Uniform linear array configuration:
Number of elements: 48
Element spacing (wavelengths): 0.25
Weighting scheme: uniform
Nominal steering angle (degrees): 15
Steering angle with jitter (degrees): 16.032
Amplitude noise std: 0.05
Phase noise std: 0.05

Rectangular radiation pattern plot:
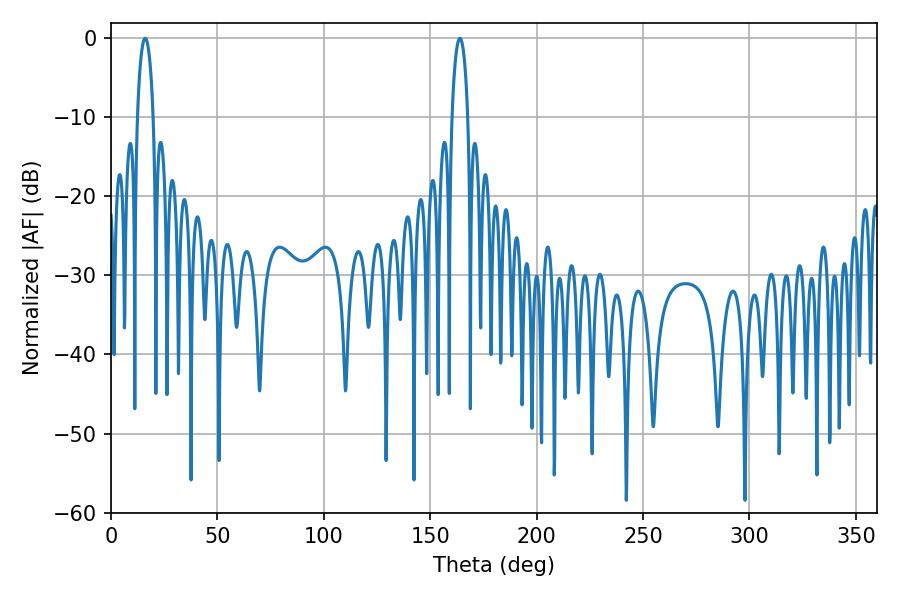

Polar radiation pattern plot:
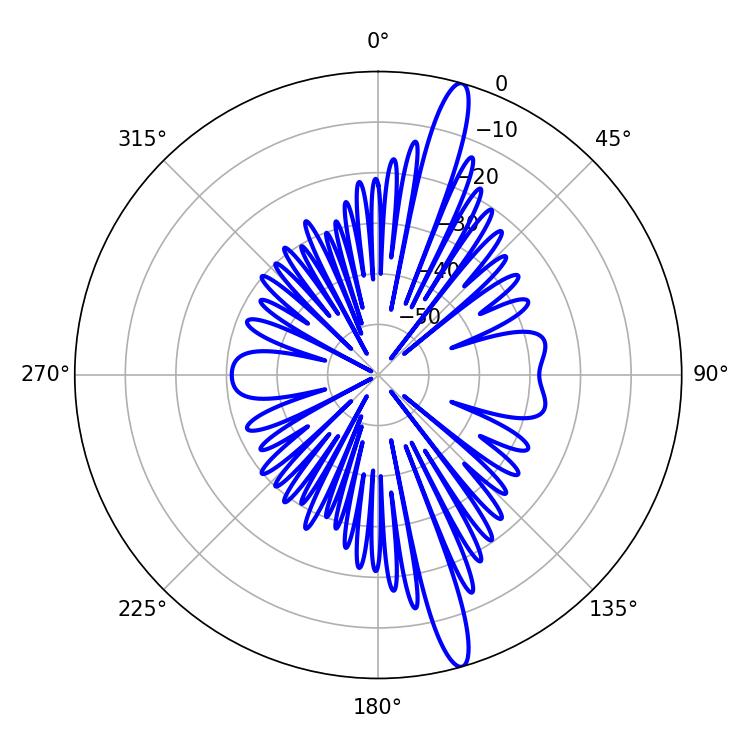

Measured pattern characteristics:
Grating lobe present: FALSE
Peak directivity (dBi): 16.157
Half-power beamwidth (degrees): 4.14
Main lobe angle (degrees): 16.02